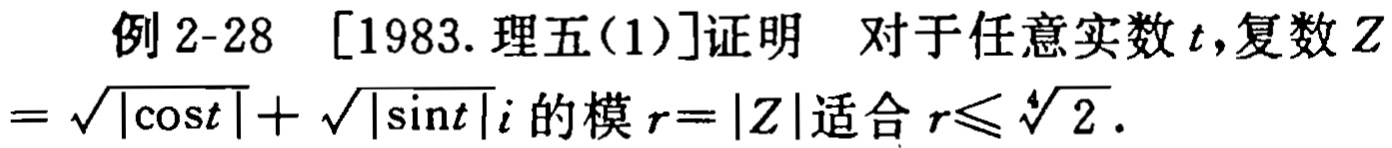
例 2-28 [1983. 理五(1)]证明 对于任意实数 \(t\),复数 \(Z = \sqrt{|\cos t|}+\sqrt{|\sin t|}i\) 的模 \(r = |Z|\) 适合 \(r\leqslant\sqrt[4]{2}\).